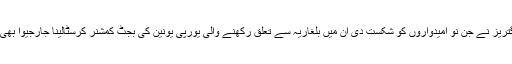
اینتونیو گتریز نے جن نو امیدواروں کو شکست دی ان میں بلغاریہ سے تعلق رکھنے والی یورپی یونین کی بجٹ کمشنر کرسٹالینا جارجیوا بھی شام ہیں۔